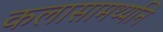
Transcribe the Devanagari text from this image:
कलासामर्थ्याने